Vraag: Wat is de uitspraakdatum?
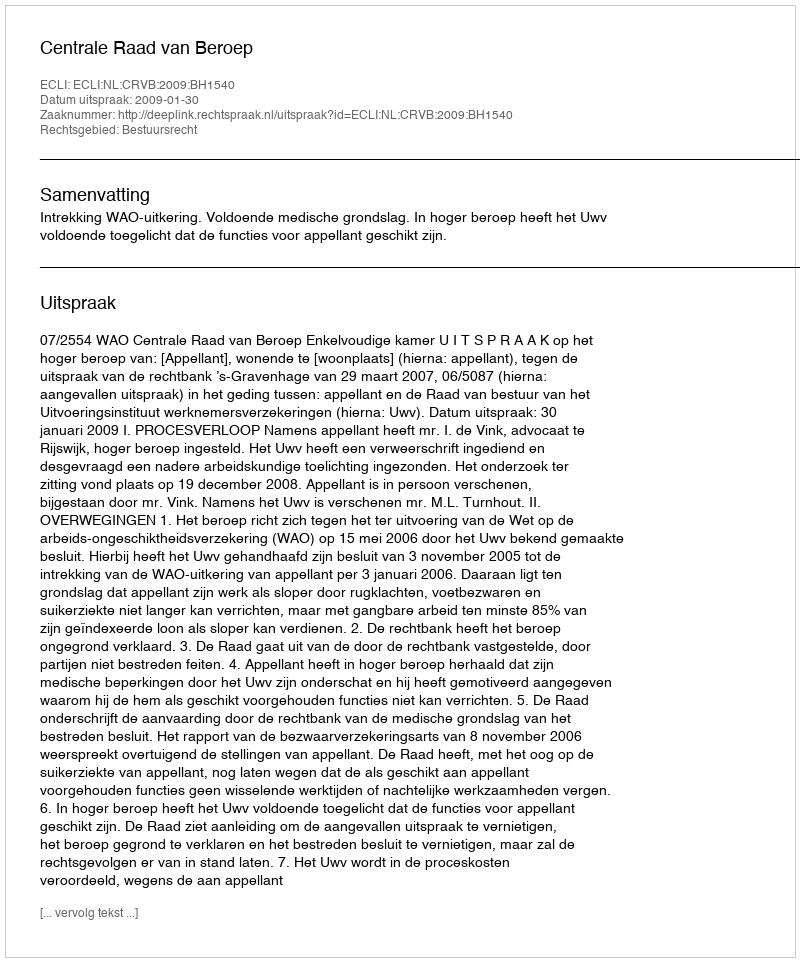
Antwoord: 2009-01-30